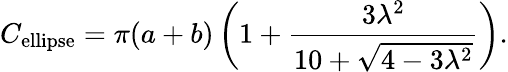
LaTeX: C_{\mathrm{ellipse}}=\pi(a+b)\left(1+\frac{3\lambda^{2}}{10+\sqrt{4-3\lambda^{2}}}\right).